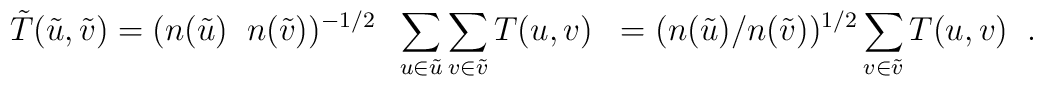
\tilde T(\tilde u, \tilde v) = (n(\tilde u) \;\; n(\tilde v))^{-1/2} \;\;\sum_{u \in \tilde u} \sum_{v \in \tilde v}                              T(u,v) \;\; 			      = (n(\tilde u) / n(\tilde v))^{1/2}  \sum_{v \in \tilde v} T(u,v) \;\;.